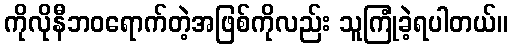
ကိုလိုနီဘဝရောက်တဲ့အဖြစ်ကိုလည်း သူကြုံခဲ့ရပါတယ်။